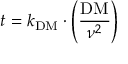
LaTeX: t = k _ { \mathrm { D M } } \cdot \left( { \frac { \mathrm { D M } } { \nu ^ { 2 } } } \right)